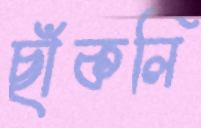
ছাঁকলি